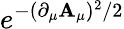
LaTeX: e^{-(\partial_{\mu}\mathbf{A}_{\mu})^{2}/2}